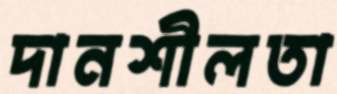
দানশীলতা